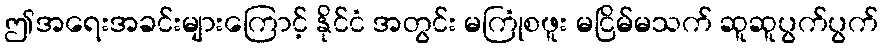
ဤအရေးအခင်းများကြောင့် နိုင်ငံ အတွင်း မကြုံစဖူး မငြိမ်မသက် ဆူဆူပွက်ပွက်